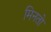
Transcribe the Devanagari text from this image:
मिनतो